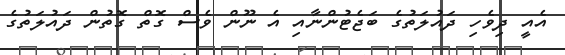
އެއީ ދިވެހި ދައުލަތުގެ ބަޖެޓުންނާއި އެ ނޫން ވެސް ގޮތް ގޮތުން ދައުލަތުގެ